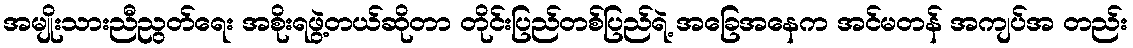
အမျိုးသားညီညွတ်ရေး အစိုးရဖွဲ့တယ်ဆိုတာ တိုင်းပြည်တစ်ပြည်ရဲ့ အခြေအနေက အင်မတန် အကျပ်အ တည်း